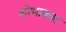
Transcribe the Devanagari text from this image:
शोभाकार